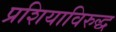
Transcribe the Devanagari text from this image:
प्रशियाविरुद्ध